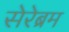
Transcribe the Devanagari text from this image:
सेरेब्रम